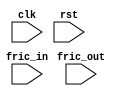
module fric_monitor
  (
   clk,
   rst,
   fric_in,
   fric_out
   );

   input           clk;
   input 	   rst;
   input [7:0] 	   fric_in;
   input [7:0]     fric_out;

   wire [7:0] 	   fric_out_i;
   wire [7:0] 	   fric_in_i;
   
   assign #1 	   fric_out_i = fric_out;
   assign #1 	   fric_in_i = fric_in;
   

endmodule